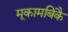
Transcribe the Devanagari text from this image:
मूकामबिकै